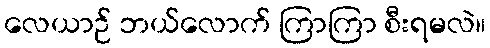
လေယာဉ် ဘယ်လောက် ကြာကြာ စီးရမလဲ။